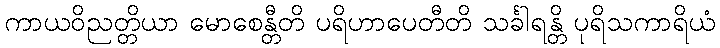
ကာယဝိညတ္တိယာ မောစေန္တီတိ ပရိဟာပေတီတိ သင်္ခါရန္တိ ပုရိသကာရိယံ